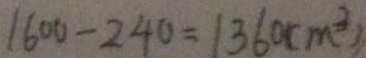
1 6 0 0 - 2 4 0 = 1 3 6 0 ( m ^ { 3 } )